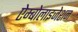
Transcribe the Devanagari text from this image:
ऐम्बोलाइजेशन